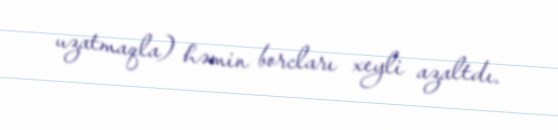
uzatmaqla) həmin borcları xeyli azaltdı.